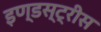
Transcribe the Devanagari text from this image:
इण्डस्ट्रीस